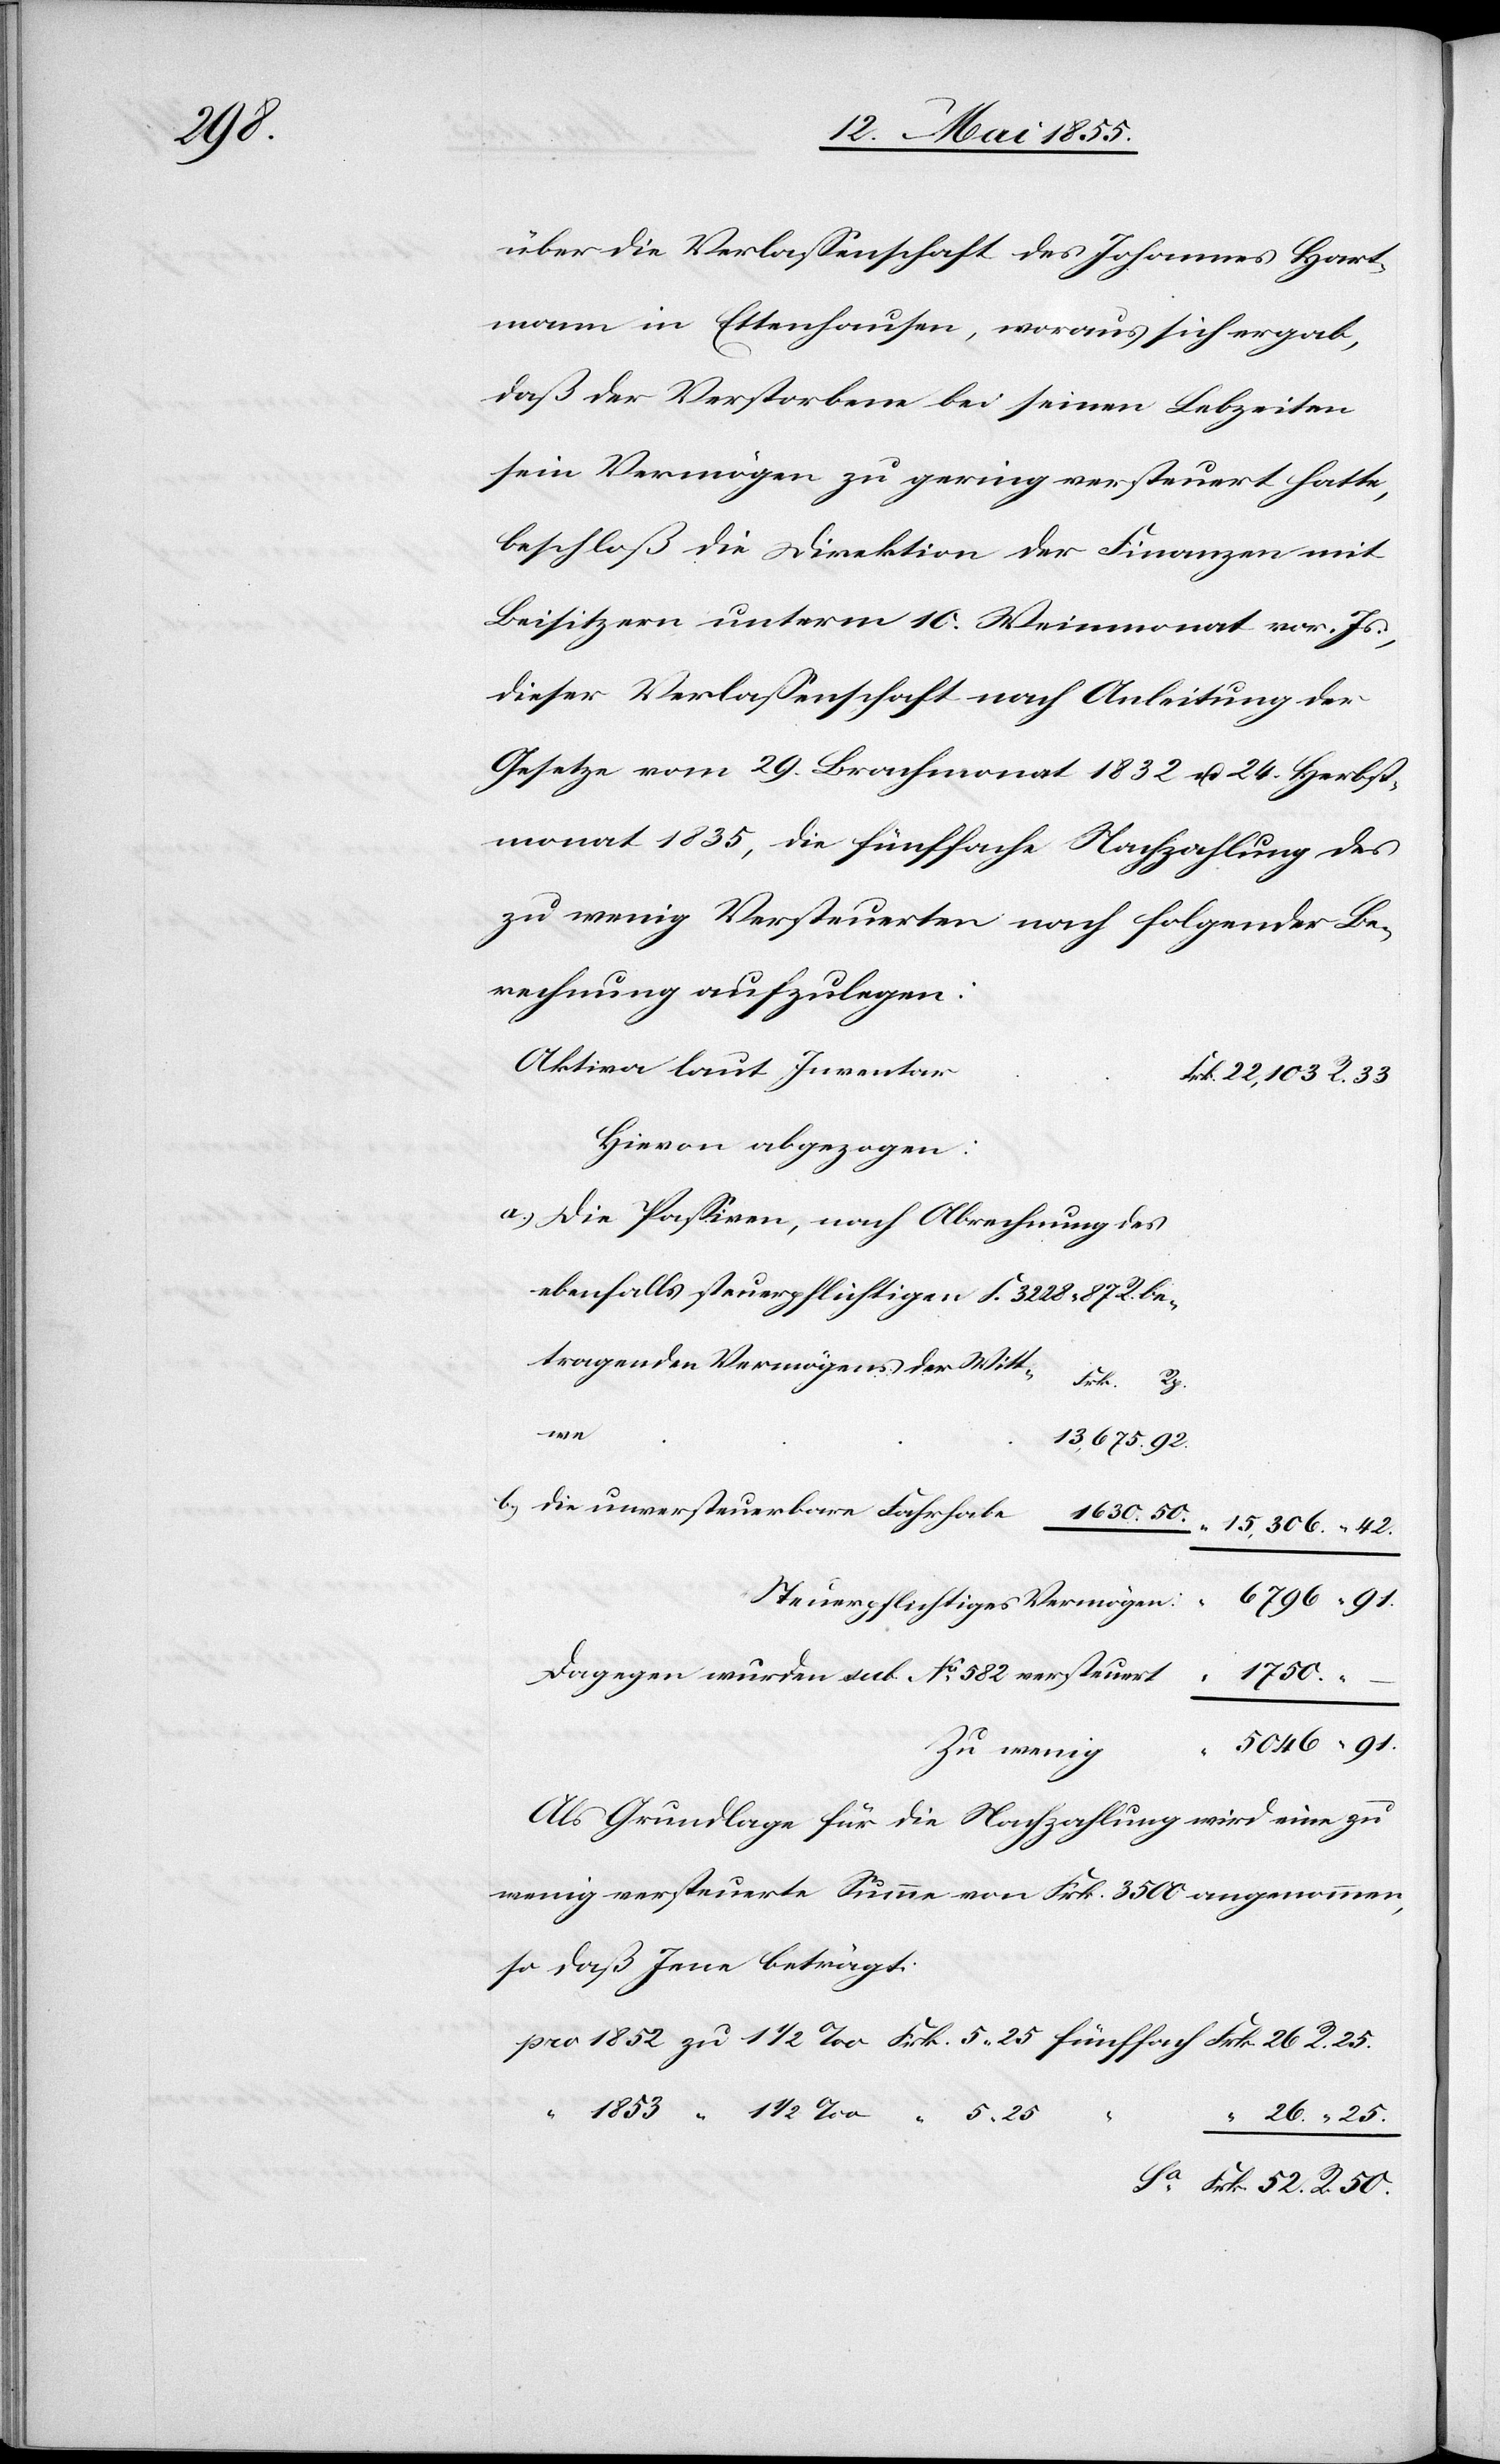
50.

über die Verlassenschaft des Johannes Hart¬
mann in Ettenhausen, woraus sich ergab,
daß der Verstorbene bei seinen Lebzeiten
sein Vermögen zu gering versteuert hatte,
beschloß die Direktion der Finanzen mit
Beisitzern unterm 10. Weinmonat vor. Js.,
dieser Verlassenschaft nach Anleitung der
Gesetze vom 29. Brachmonat 1832 u. 24. Herbst¬
monat 1835, die fünffache Nachzahlung des
zu wenig Versteuerten nach folgender Be¬
rechnung aufzulegen:
Aktiva laut Inventar
Frk. 22,103 R. 33
Hievon abgezogen:
Die Passiven, nach Abrechnung des
ebenfalls steuerpflichtigen F. 3228. 87 R. be¬
tragenden Vermögens der Witt¬
Frk. 52.
unver¬
15,306. “ 42.
Steuerpflichtiges Vermögen:
Dagegen wurden sub No. 582 versteuert
5046 “ 91.
Sa.
Zu wenig
Als Grundlage für die Nachzahlung wird eine zu
wenig versteuerte Summe von Frk. 3500 angenommen,
so daß Jene beträgt:
R.
1853 “ 1 1/2 ‰ “ 5. 25
“ 26. “ 25.